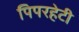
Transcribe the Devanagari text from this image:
पिपरहेटी